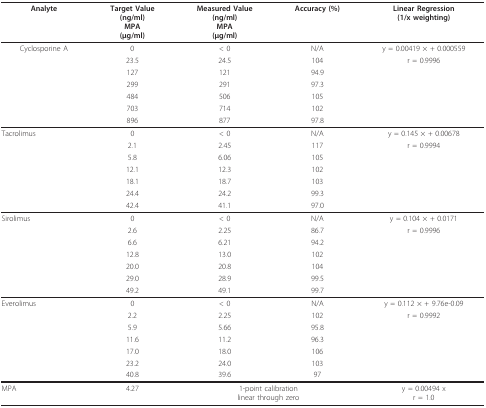
<table><thead><tr><td><b>Analyte</b></td><td><b>Target Value(ng/ml)MPA(μg/ml)</b></td><td><b>Measured Value(ng/ml)MPA(μg/ml)</b></td><td><b>Accuracy (%)</b></td><td><b>Linear Regression(1/x weighting)</b></td></tr></thead><tbody><tr><td>Cyclosporine A</td><td>0</td><td>&lt; 0</td><td>N/A</td><td>y = 0.00419 × + 0.000559</td></tr><tr><td></td><td>23.5</td><td>24.5</td><td>104</td><td>r = 0.9996</td></tr><tr><td></td><td>127</td><td>121</td><td>94.9</td><td></td></tr><tr><td></td><td>299</td><td>291</td><td>97.3</td><td></td></tr><tr><td></td><td>484</td><td>506</td><td>105</td><td></td></tr><tr><td></td><td>703</td><td>714</td><td>102</td><td></td></tr><tr><td></td><td>896</td><td>877</td><td>97.8</td><td></td></tr><tr><td>Tacrolimus</td><td>0</td><td>&lt; 0</td><td>N/A</td><td>y = 0.145 × + 0.00678</td></tr><tr><td></td><td>2.1</td><td>2.45</td><td>117</td><td>r = 0.9994</td></tr><tr><td></td><td>5.8</td><td>6.06</td><td>105</td><td></td></tr><tr><td></td><td>12.1</td><td>12.3</td><td>102</td><td></td></tr><tr><td></td><td>18.1</td><td>18.7</td><td>103</td><td></td></tr><tr><td></td><td>24.4</td><td>24.2</td><td>99.3</td><td></td></tr><tr><td></td><td>42.4</td><td>41.1</td><td>97.0</td><td></td></tr><tr><td>Sirolimus</td><td>0</td><td>&lt; 0</td><td>N/A</td><td>y = 0.104 × + 0.0171</td></tr><tr><td></td><td>2.6</td><td>2.25</td><td>86.7</td><td>r = 0.9996</td></tr><tr><td></td><td>6.6</td><td>6.21</td><td>94.2</td><td></td></tr><tr><td></td><td>12.8</td><td>13.0</td><td>102</td><td></td></tr><tr><td></td><td>20.0</td><td>20.8</td><td>104</td><td></td></tr><tr><td></td><td>29.0</td><td>28.9</td><td>99.5</td><td></td></tr><tr><td></td><td>49.2</td><td>49.1</td><td>99.7</td><td></td></tr><tr><td>Everolimus</td><td>0</td><td>&lt; 0</td><td>N/A</td><td>y = 0.112 × + 9.76e-0.09</td></tr><tr><td></td><td>2.2</td><td>2.25</td><td>102</td><td>r = 0.9992</td></tr><tr><td></td><td>5.9</td><td>5.66</td><td>95.8</td><td></td></tr><tr><td></td><td>11.6</td><td>11.2</td><td>96.3</td><td></td></tr><tr><td></td><td>17.0</td><td>18.0</td><td>106</td><td></td></tr><tr><td></td><td>23.2</td><td>24.0</td><td>103</td><td></td></tr><tr><td></td><td>40.8</td><td>39.6</td><td>97</td><td></td></tr><tr><td>MPA</td><td>4.27</td><td colspan="2">1-point calibrationlinear through zero</td><td>y = 0.00494 xr = 1.0</td></tr></tbody></table>